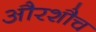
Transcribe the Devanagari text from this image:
औरशौच